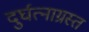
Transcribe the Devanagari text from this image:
दुर्घत्नाग्रस्त